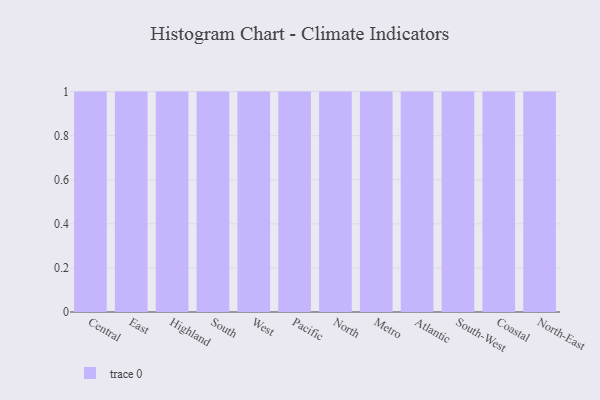
{"axis": {"x": "Region", "y": "Backlog"}, "legend": [""], "data": [{"x": "Central", "y": 1, "type": ""}, {"x": "East", "y": 100, "type": ""}, {"x": "Highland", "y": 6, "type": ""}, {"x": "South", "y": 31, "type": ""}, {"x": "West", "y": 43, "type": ""}, {"x": "Pacific", "y": 52, "type": ""}, {"x": "North", "y": 21, "type": ""}, {"x": "Metro", "y": 88, "type": ""}, {"x": "Atlantic", "y": 56, "type": ""}, {"x": "South-West", "y": 42, "type": ""}, {"x": "Coastal", "y": 82, "type": ""}, {"x": "North-East", "y": 50, "type": ""}]}